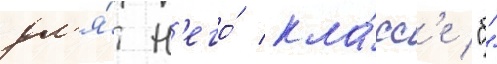
дл'я́ н'его́ кла́сс'е "б"